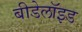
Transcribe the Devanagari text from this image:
बीडेलॉइड